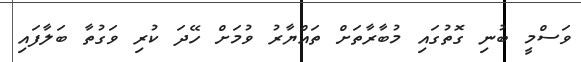
ވަސްމީ ބުނި ގޮތުގައި މުބާރާތަށް ތައްޔާރު ވުމަށް ހޭދަ ކުރި ވަގުތާ ބަލާފައި